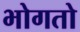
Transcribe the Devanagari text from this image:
भोगतो